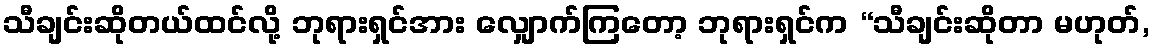
သီချင်းဆိုတယ်ထင်လို့ ဘုရားရှင်အား လျှောက်ကြတော့ ဘုရားရှင်က “သီချင်းဆိုတာ မဟုတ်,